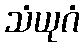
သံယုဂံ